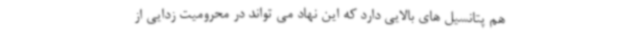
هم پتانسیل های بالایی دارد که این نهاد می تواند در محرومیت زدایی از